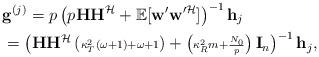
LaTeX: \begin{align*}&\mathbf{g}^{(j)}=p\left(p\mathbf{H}\mathbf{H}^{\mathcal{H}}+\mathbb{E}[\mathbf{w}'\mathbf{w}'^{\mathcal{H}}]\right)^{-1}\mathbf{h}_{j}\\&=\textstyle \left(\mathbf{H}\mathbf{H}^{\mathcal{H}}\left(\scriptstyle \kappa^{2}_{T}(\omega+1)+\omega+1\right)+\left(\scriptstyle \kappa^{2}_{R}m+\frac{N_{0}}{p}\right)\mathbf{I}_{n}\right)^{-1}\mathbf{h}_{j},\end{align*}